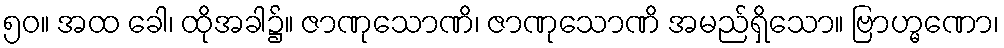
၅၀။ အထ ခေါ၊ ထိုအခါ၌။ ဇာဏုသောဏိ၊ ဇာဏုသောဏိ အမည်ရှိသော။ ဗြာဟ္မဏော၊